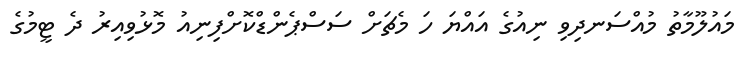
މައުލޫމާތު މުއްސަނދިވި ނިއުގެ އައްޔަ ހަ މެޗަށް ސަސްޕެންޑްކޮށްފިނިއު މޮޅުވިއިރު ދެ ޓީމުގެ